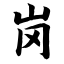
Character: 岗